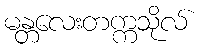
မန္တလေးတက္ကသိုလ်